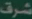
en